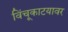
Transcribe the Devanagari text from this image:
विंचूकाटयावर